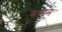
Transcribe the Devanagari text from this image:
बारान